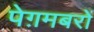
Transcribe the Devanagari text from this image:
पेग़मबरों